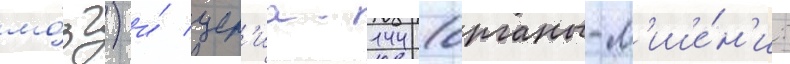
мо́зг) и́ цер'иа-144 (органы-м'ише́н'и: